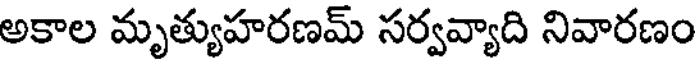
అకాల మృత్యుహరణమ్ సర్వవ్యాది నివారణం